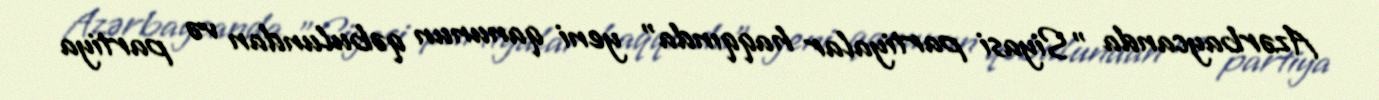
Azərbaycanda "Siyasi partiyalar haqqında" yeni qanunun qəbulundan və partiya